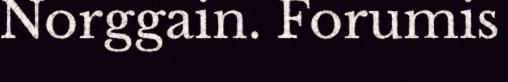
Norggain. Forumis